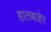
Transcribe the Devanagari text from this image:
हातबाहेर